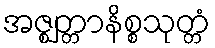
အဇ္ဈတ္တာနိစ္စသုတ္တံ